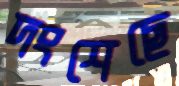
দংশেছে